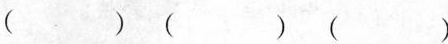
( ) ( ) ( )